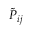
\tilde { P } _ { i j }